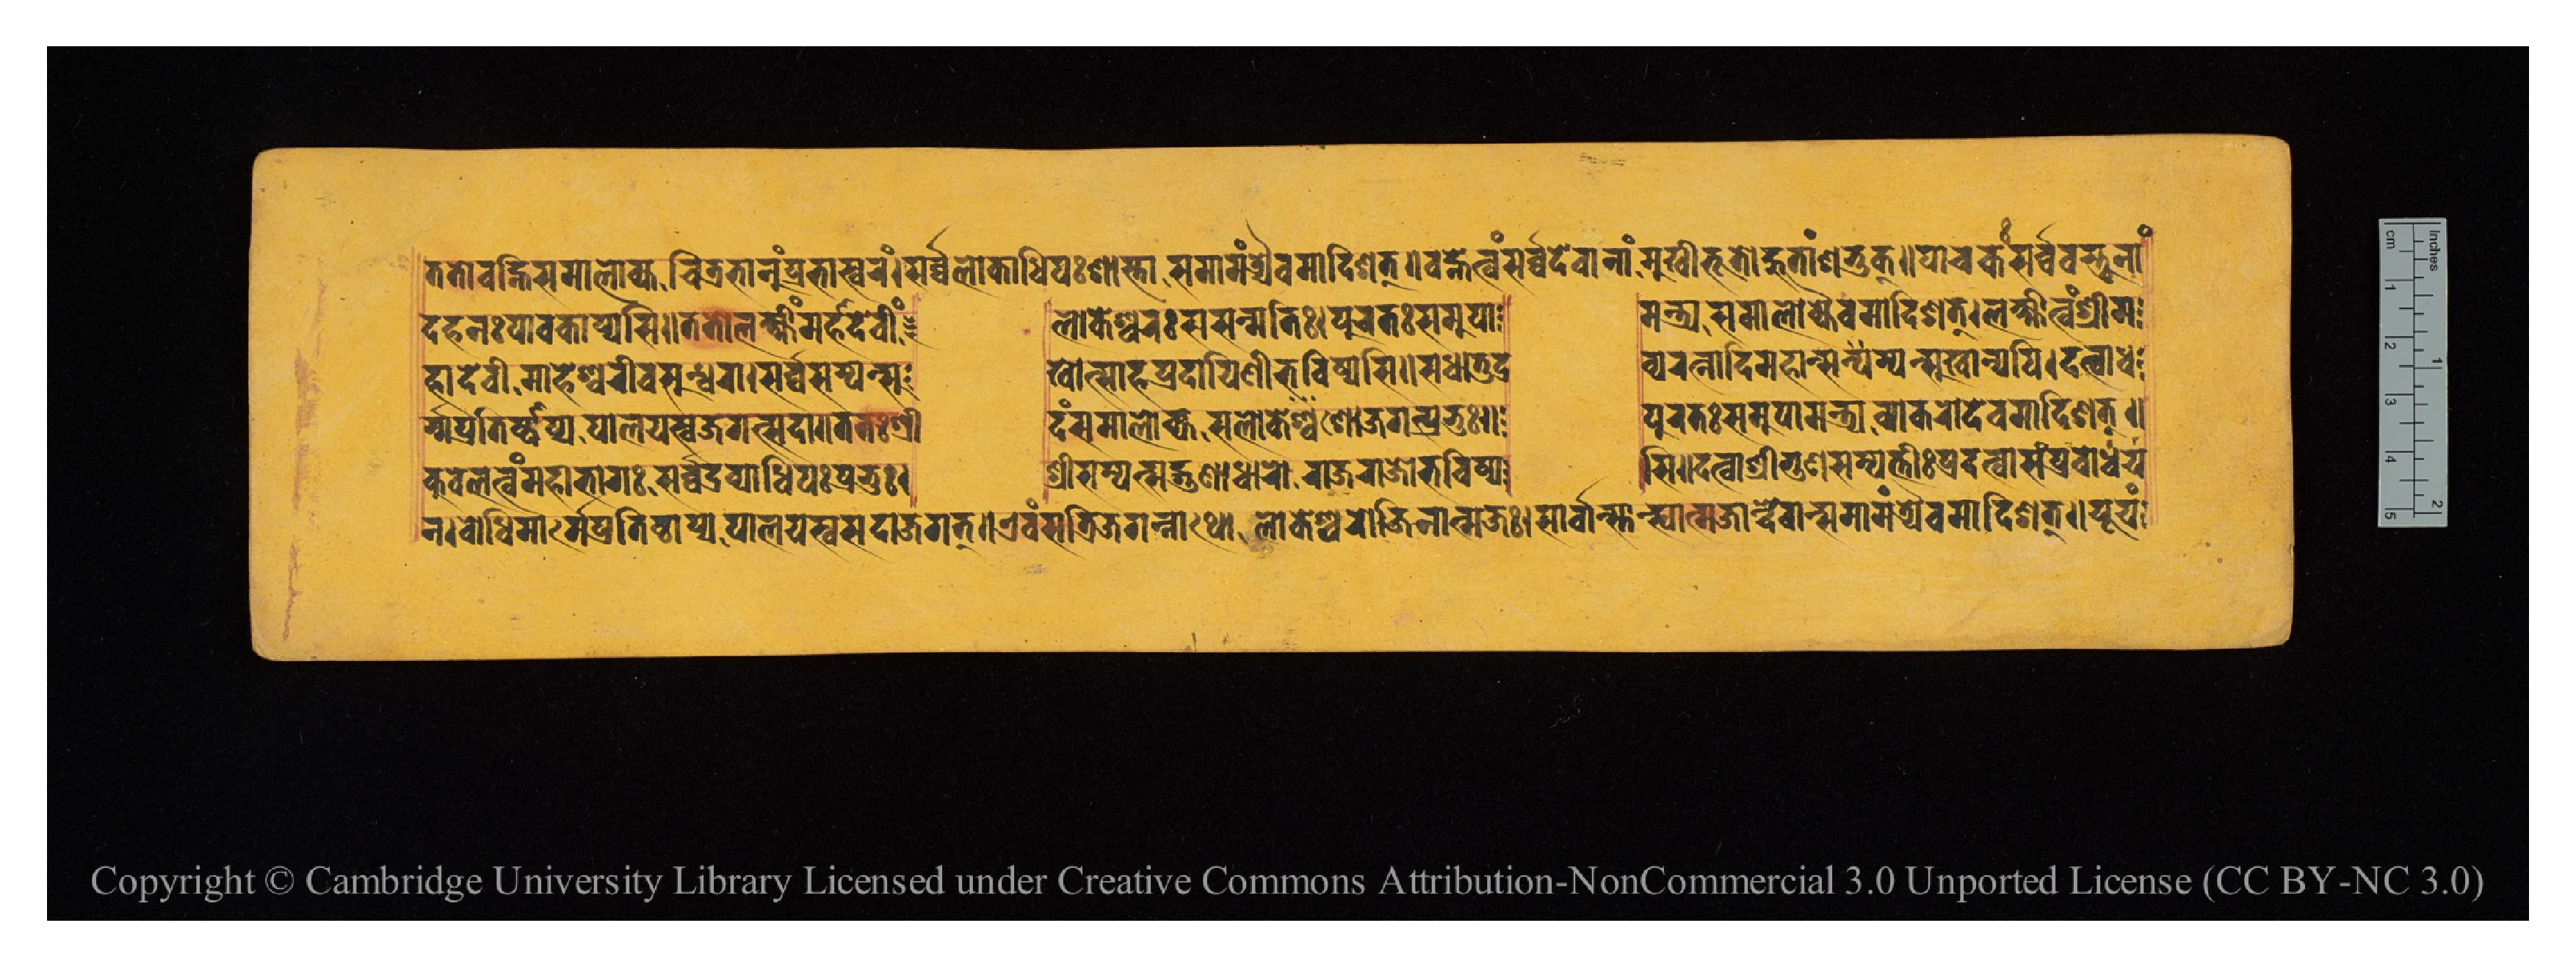
𑐟𑐟𑑀𑐰𑐴𑑂𑐣𑐶𑑄𑐳𑐩𑐵𑐮𑑀𑐎𑑂𑐫𑐔𑐶𑐟𑑂𑐬𑐨𑐵𑐣𑐸𑑄𑐥𑑂𑐬𑐨𑐵𑐳𑑂𑐰𑐬𑑄𑑋𑐳𑐬𑑂𑐰𑑂𑐰𑐮𑑀𑐎𑐵𑐢𑐶𑐥𑑅𑐱𑐵𑐳𑑂𑐟𑐵𑐳𑐩𑐵𑐩𑑄𑐟𑑂𑐬𑑂𑐫𑐿𑐰𑐩𑐵𑐡𑐶𑐱𑐟𑑂𑑌𑐰𑐴𑑂𑐣𑐾𑐟𑑂𑐰𑑄𑐳𑐬𑑂𑐰𑑂𑐰𑐡𑐾𑐰𑐵𑐣𑐵𑑄𑐩𑐸𑐏𑐷𑐨𑐹𑐟𑑀𑐴𑐸𑐟𑐵𑑄𑐱𑐨𑐸𑐎𑑂𑑋𑐥𑐵𑐔𑐎𑑅𑐳𑐬𑑂𑐰𑑂𑐰𑐰𑐳𑑂𑐟𑐹𑐣𑐵𑑄 𑐡𑐴𑐣𑑅𑐥𑐵𑐰𑐎𑑀𑐥𑑂𑐫𑐳𑐶𑑌𑐟𑐟𑑀𑐮𑐎𑑂𑐲𑑂𑐩𑐷𑑄𑐩𑐴𑐵𑐡𑐾𑐰𑐷𑑄   𑐮𑑀𑐎𑐾𑐱𑑂𑐰𑐬𑑅𑐳𑐳𑐣𑑂𑐩𑐟𑐶𑑅𑑋𑐥𑐸𑐬𑐟𑑅𑐳𑐩𑐸𑐥𑐵  𑐩𑑄𑐟𑑂𑐬𑑂𑐫𑐳𑐩𑐵𑐮𑑀𑐎𑑂𑐫𑐿𑐰𑐩𑐵𑐡𑐶𑐱𑐟𑑂𑑋𑐮𑐎𑑂𑐲𑑂𑐩𑐶𑐟𑑂𑐰𑑄𑐱𑑂𑐬𑐷𑐩 𑐴𑐵𑐡𑐾𑐰𑐷𑐩𑐵𑐴𑐾𑐱𑑂𑐰𑐬𑐷𑐰𑐳𑐸𑐣𑑂𑐢𑐬𑐵𑑋𑐳𑐬𑑂𑐰𑑂𑐰𑐳𑑄𑐥𑐟𑑂𑐳𑐸  𑐏𑑀𑐟𑑂𑐳𑐵𑐴𑐥𑑂𑐬𑐡𑐵𑐫𑐶𑐣𑐷𑐨𑐰𑐶𑐲𑑂𑐫𑐳𑐶𑑌𑐳𑐢𑐵𑐟𑐸𑐡𑑂𑐬  𑐰𑑂𑐫𑐬𑐣𑑂𑐟𑐵𑐡𑐶𑐩𑐴𑐵𑐣𑑂𑐳𑐩𑑂𑐥𑐟𑑂𑐳𑐸𑐏𑐵𑐣𑑂𑐫𑐥𑐶𑑋𑐡𑐟𑑂𑐰𑐵𑐢 𑐬𑑂𑐩𑐾𑐥𑑂𑐬𑐟𑐶𑐲𑑂𑐛𑐵𑐥𑑂𑐫𑐥𑐵𑐮𑐫𑐳𑑂𑐰𑐖𑐐𑐟𑑂𑐳𑐡𑐵𑑌𑐟𑐟𑑅𑐱𑑂𑐬𑐷  𑐡𑑄𑐳𑐩𑐵𑐮𑑀𑐎𑑂𑐫𑐳𑐮𑑀𑐎𑐾𑐱𑑀𑐖𑐐𑐟𑑂𑐥𑑂𑐬𑐨𑐸𑑅𑑌  𑐥𑐸𑐬𑐟𑑅𑐳𑐩𑐸𑐥𑐵𑐩𑑄𑐟𑑂𑐬𑑂𑐫𑐰𑑂𑐫𑐵𑐎𑐬𑑀𑐡𑐾𑐰𑐩𑐵𑐡𑐶𑐱𑐟𑑂𑑌 𑐣𑑋𑐧𑑀𑐢𑐶𑐩𑐵𑐬𑑂𑐐𑐾𑐥𑑂𑐬𑐟𑐶𑐲𑑂𑐛𑐵𑐥𑑂𑐫𑐥𑐵𑐮𑐫𑐳𑑂𑐰𑐳𑐡𑐵𑐖𑐐𑐟𑑂𑑌𑐊𑐰𑑄𑐳𑐟𑑂𑐬𑐶𑐖𑐐𑐟𑑂𑐣𑑂𑐣𑐵𑐠𑑀𑐮𑑀𑐎𑐾𑐱𑑂𑐰𑐬𑑀𑐖𑐶𑐣𑐵𑐟𑑂𑐩𑐖𑑅𑑋𑐳𑐬𑑂𑐰𑑂𑐰𑐵𑑄𑐳𑑂𑐟𑐵𑐣𑑂𑐳𑑂𑐰𑐵𑐀𑐟𑑂𑐩𑐖𑐵𑐣𑑂𑐡𑐾𑐰𑐵𑐣𑑂𑐳𑐩𑐵𑐩𑑄𑐟𑑂𑐬𑑂𑐫𑐿𑐰𑐩𑐵𑐡𑐶𑐱𑐟𑑂𑑌𑐫𑐹𑐫𑑄 𑐎𑐸𑐧𑐾𑐬𑐟𑑂𑐰𑑄𑐩𑐴𑐵𑐨𑐵𑐐𑑅𑐳𑐬𑑂𑐰𑑂𑐰𑐡𑑂𑐬𑐰𑑂𑐫𑐵𑐢𑐶𑐥𑑅𑐥𑑂𑐬𑐨𑐸𑑅𑑋  𑐱𑑂𑐬𑐷𑐳𑑄𑐥𑐟𑑂𑐳𑐡𑑂𑐐𑐸𑐞𑐵𑐢𑐵𑐬𑑀𑐬𑐵𑐖𑐬𑐵𑐖𑑀𑐨𑐰𑐶𑐲𑑂𑐫  𑐳𑐶𑑌𑐡𑐟𑑂𑐰𑐵𑐱𑑂𑐬𑐷𑐐𑐸𑐞𑐳𑑄𑐥𑐟𑑂𑐟𑐷𑑅𑐥𑑂𑐬𑐡𑐟𑑂𑐰𑐵𑐳𑑄𑐥𑑂𑐬𑐧𑑀𑐢𑐫